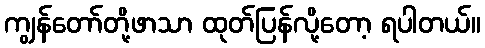
ကျွန်တော်တို့ဖာသာ ထုတ်ပြန်လို့တော့ ရပါတယ်။